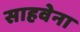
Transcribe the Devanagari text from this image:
साहवेना